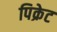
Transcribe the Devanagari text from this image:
पिक्रेट